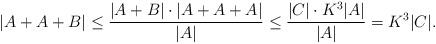
LaTeX: \begin{align*}|A+A+B|\leq \frac{|A+B|\cdot |A+A+A|}{|A|}\leq \frac{|C|\cdot K^3|A|}{|A|}=K^3|C|.\end{align*}